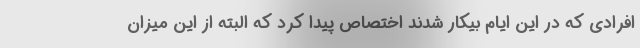
افرادی که در این ایام بیکار شدند اختصاص پیدا کرد که البته از این میزان